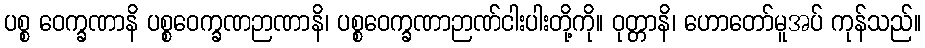
ပစ္စ ဝေက္ခဏာနိ ပစ္စဝေက္ခဏဉာဏာနိ၊ ပစ္စဝေက္ခဏာဉာဏ်ငါးပါးတို့ကို။ ဝုတ္တာနိ၊ ဟောတော်မူအပ် ကုန်သည်။